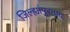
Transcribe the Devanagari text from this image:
जिल्ह्यांपुरताच